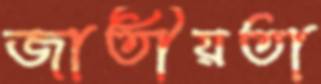
জাতীয়তা